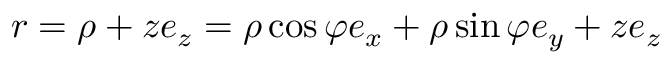
\boldsymbol { r } = \boldsymbol { \rho } + z \boldsymbol { e } _ { z } = \rho \cos \varphi \boldsymbol { e } _ { x } + \rho \sin \varphi \boldsymbol { e } _ { y } + z \boldsymbol { e } _ { z }